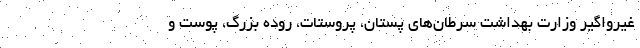
غیرواگیر وزارت بهداشت سرطان‌های پستان، پروستات، روده بزرگ، پوست و